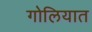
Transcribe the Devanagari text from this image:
गोलियात